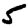
Digit: 5